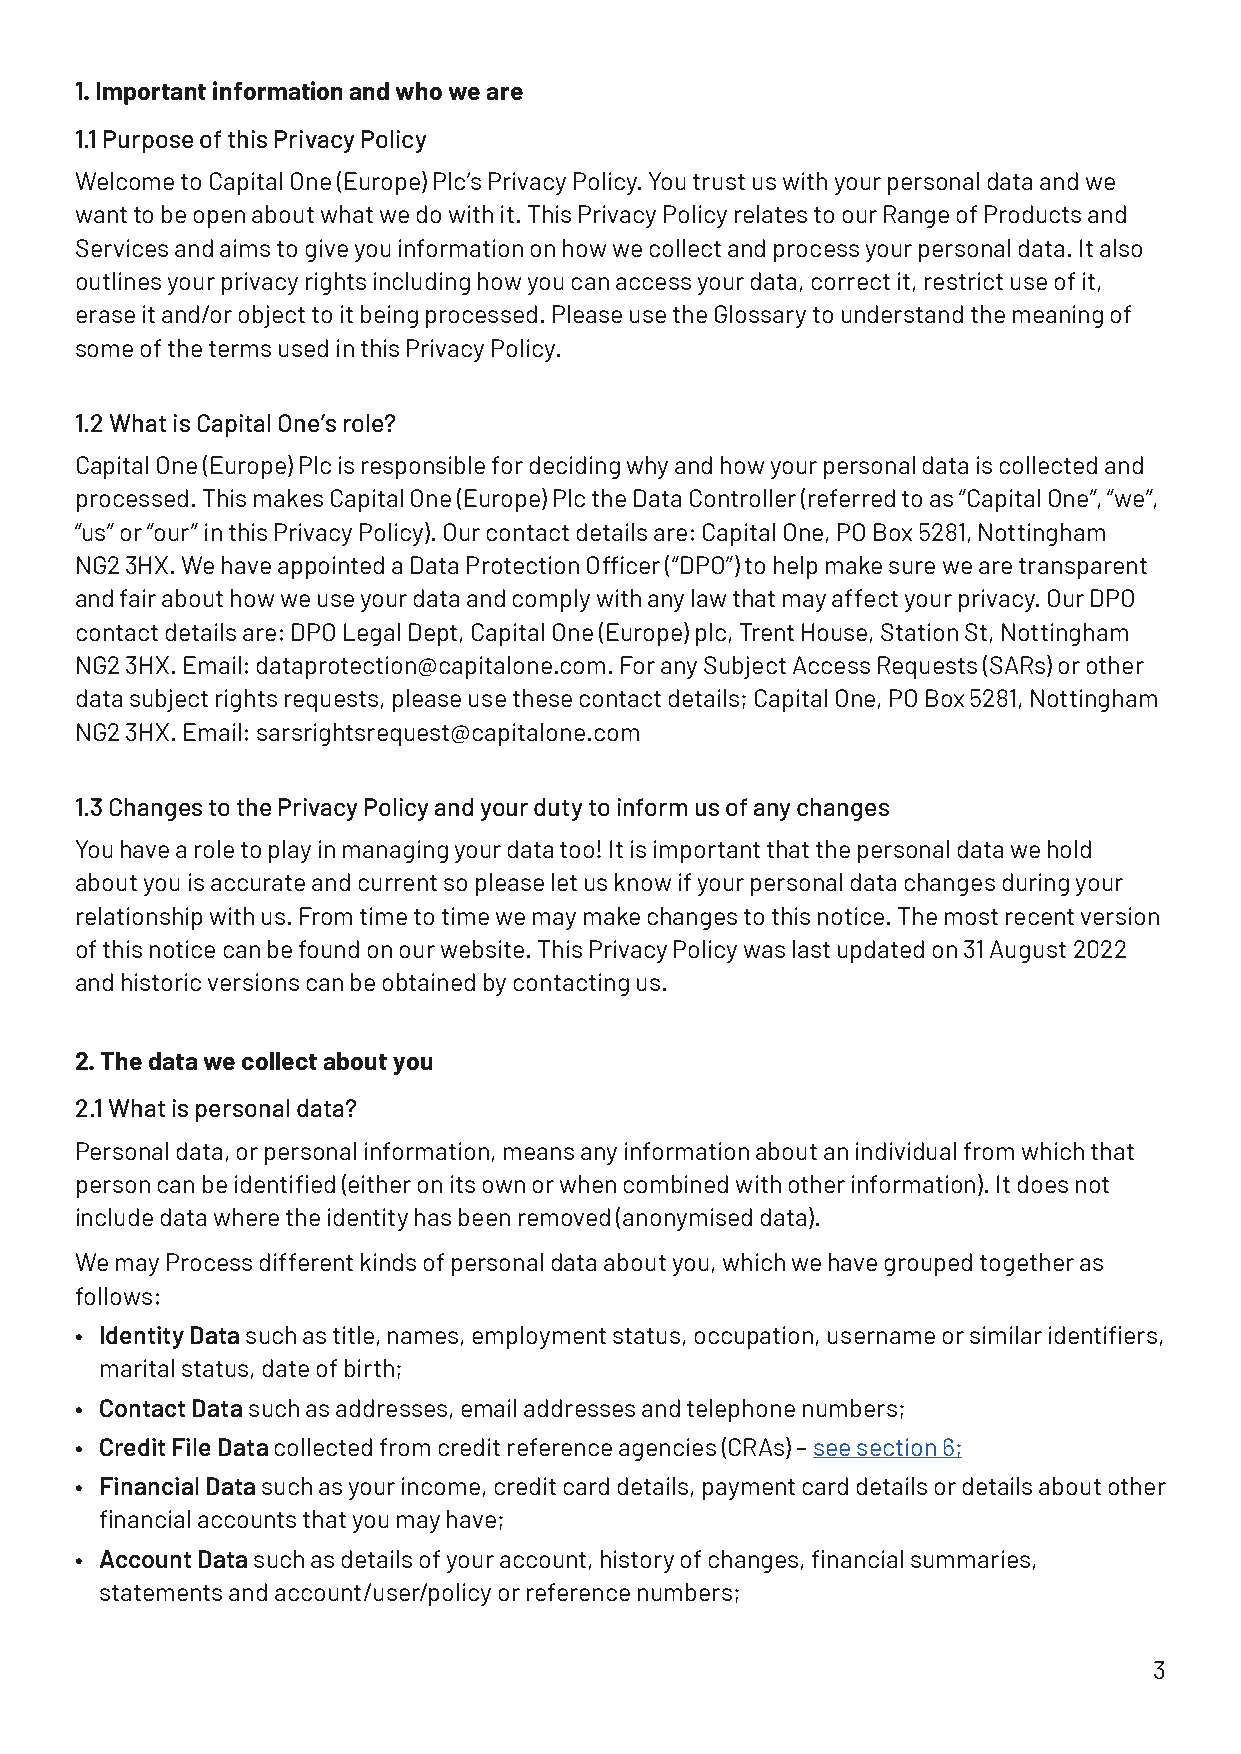
1. Important information and who we are
 1.1 Purpose of this Privacy Policy
 Welcome to Capital One (Europe) Plc’s Privacy Policy. You trust us with your personal data and we
 want to be open about what we do with it. This Privacy Policy relates to our Range of Products and
 Services and aims to give you information on how we collect and process your personal data. It also
 outlines your privacy rights including how you can access your data, correct it, restrict use of it,
 erase it and/or object to it being processed. Please use the Glossary to understand the meaning of
 some of the terms used in this Privacy Policy.
 1.2 What is Capital One’s role?
 Capital One (Europe) Plc is responsible for deciding why and how your personal data is collected and
 processed. This makes Capital One (Europe) Plc the Data Controller (referred to as “Capital One”, “we”,
 “us” or “our” in this Privacy Policy). Our contact details are: Capital One, PO Box 5281, Nottingham
 NG2 3HX. We have appointed a Data Protection Officer (“DPO”) to help make sure we are transparent
 and fair about how we use your data and comply with any law that may affect your privacy. Our DPO
 contact details are: DPO Legal Dept, Capital One (Europe) plc, Trent House, Station St, Nottingham
 NG2 3HX. Email: dataprotection@capitalone.com. For any Subject Access Requests (SARs) or other
 data subject rights requests, please use these contact details; Capital One, PO Box 5281, Nottingham
 NG2 3HX. Email: sarsrightsrequest@capitalone.com
 1.3 Changes to the Privacy Policy and your duty to inform us of any changes
 You have a role to play in managing your data too! It is important that the personal data we hold
 about you is accurate and current so please let us know if your personal data changes during your
 relationship with us. From time to time we may make changes to this notice. The most recent version
 of this notice can be found on our website. This Privacy Policy was last updated on 31 August 2022
 and historic versions can be obtained by contacting us.
 2. The data we collect about you
 2.1 What is personal data?
 Personal data, or personal information, means any information about an individual from which that
 person can be identified (either on its own or when combined with other information). It does not
 include data where the identity has been removed (anonymised data).
 We may Process different kinds of personal data about you, which we have grouped together as
 follows:
 • Identity Data such as title, names, employment status, occupation, username or similar identifiers,
 marital status, date of birth;
 • Contact Data such as addresses, email addresses and telephone numbers;
 • Credit File Data collected from credit reference agencies (CRAs) – see section 6;
 • Financial Data such as your income, credit card details, payment card details or details about other
 financial accounts that you may have;
 • Account Data such as details of your account, history of changes, financial summaries,
 statements and account/user/policy or reference numbers;
 3